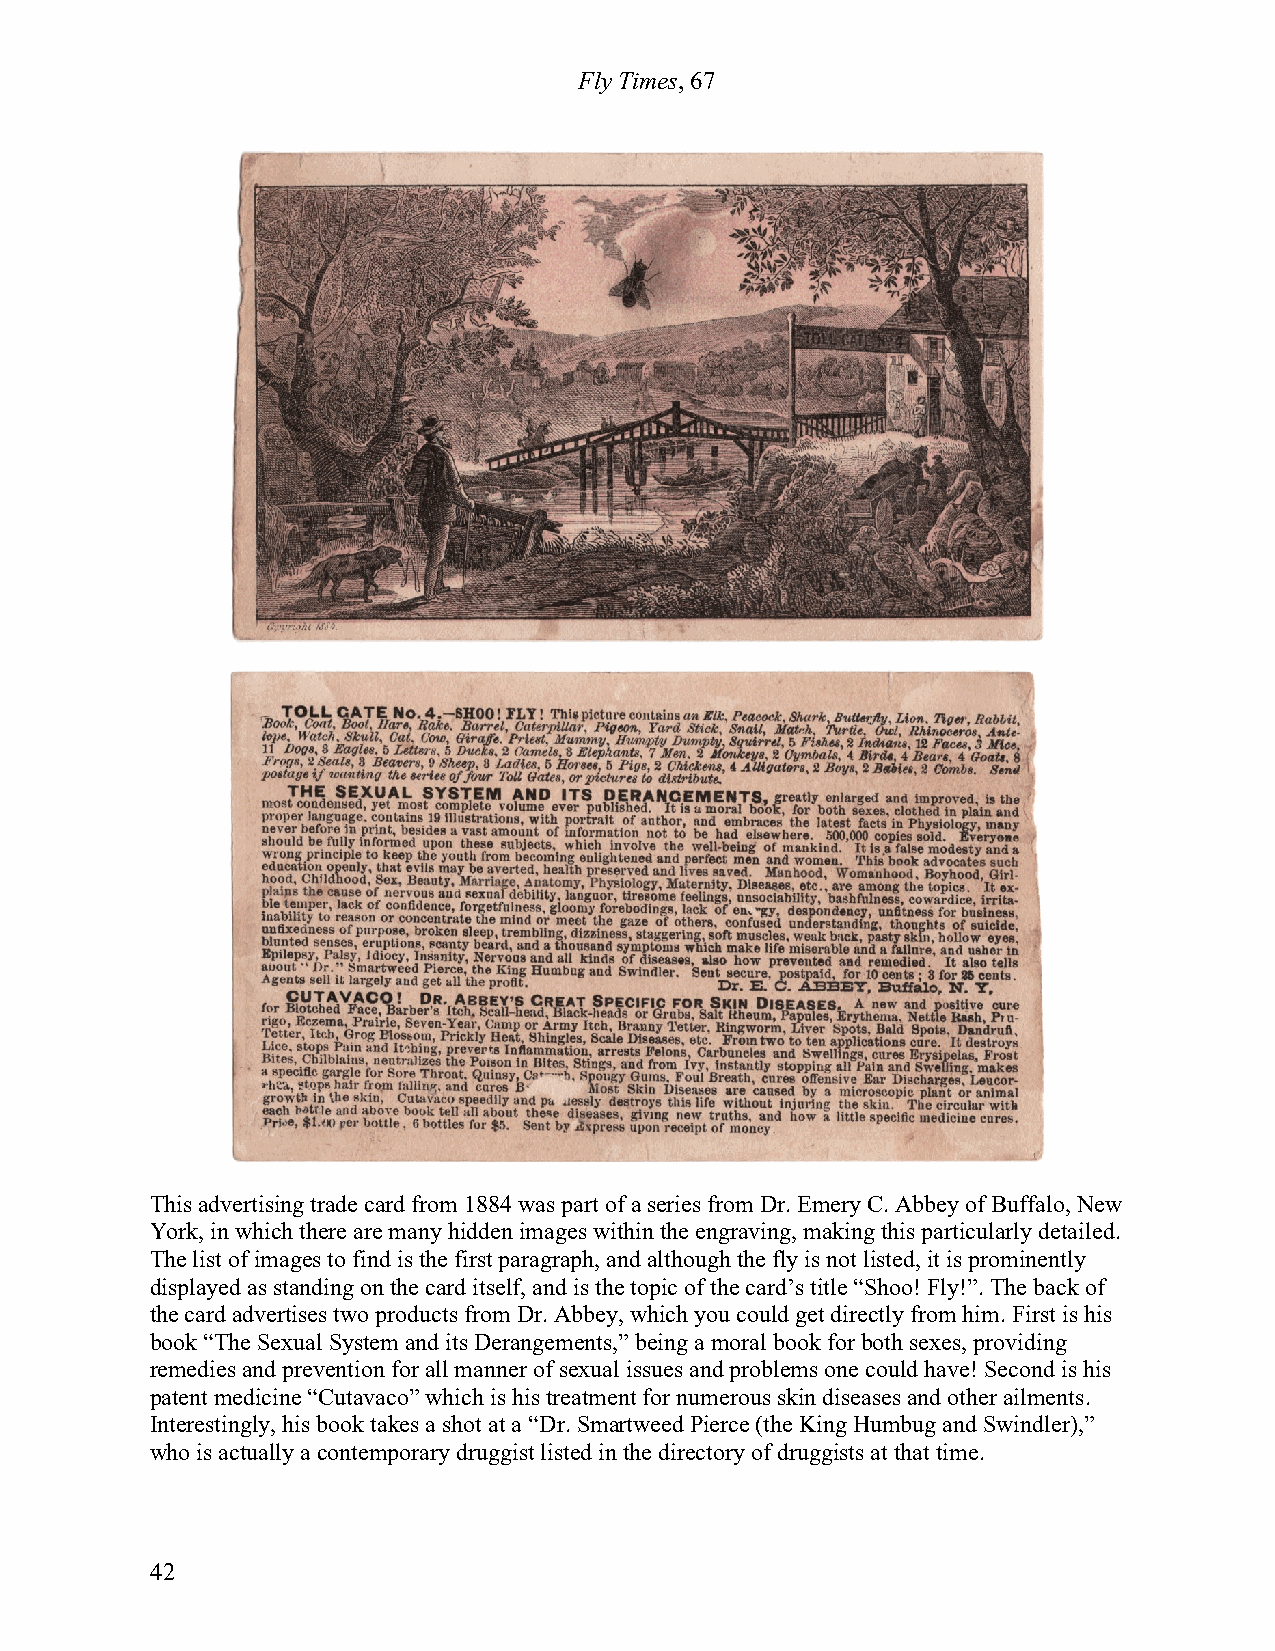
Fly Times, 67
 This advertising trade card from 1884 was part of a series from Dr. Emery C. Abbey of Buffalo, New
 York, in which there are many hidden images within the engraving, making this particularly detailed.
 The list of images to find is the first paragraph, and although the fly is not listed, it is prominently
 displayed as standing on the card itself, and is the topic of the card’s title “Shoo! Fly!”. The back of
 the card advertises two products from Dr. Abbey, which you could get directly from him. First is his
 book “The Sexual System and its Derangements,” being a moral book for both sexes, providing
 remedies and prevention for all manner of sexual issues and problems one could have! Second is his
 patent medicine “Cutavaco” which is his treatment for numerous skin diseases and other ailments.
 Interestingly, his book takes a shot at a “Dr. Smartweed Pierce (the King Humbug and Swindler),”
 who is actually a contemporary druggist listed in the directory of druggists at that time.
 42